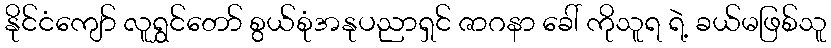
နိုင်ငံကျော် လူရွှင်တော် စွယ်စုံအနုပညာရှင် ဇာဂနာ ခေါ် ကိုသူရ ရဲ့ ခယ်မဖြစ်သူ